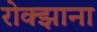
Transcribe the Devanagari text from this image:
रोक्झाना